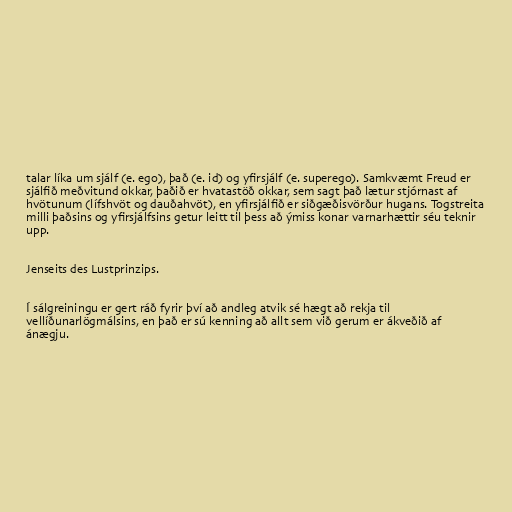
talar líka um sjálf (e. ego), það (e. id) og yfirsjálf (e. superego). Samkvæmt Freud er
sjálfið meðvitund okkar, þaðið er hvatastöð okkar, sem sagt það lætur stjórnast af
hvötunum (lífshvöt og dauðahvöt), en yfirsjálfið er siðgæðisvörður hugans. Togstreita
milli þaðsins og yfirsjálfsins getur leitt til þess að ýmiss konar varnarhættir séu teknir
upp.

Jenseits des Lustprinzips.

Í sálgreiningu er gert ráð fyrir því að andleg atvik sé hægt að rekja til
vellíðunarlögmálsins, en það er sú kenning að allt sem við gerum er ákveðið af
ánægju.